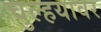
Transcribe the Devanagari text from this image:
चुल्हयावर